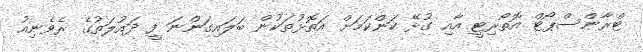
ޓްރާންސްޕޯޓް އޮތޯރިޓީ އާއި ގުޅޭ ކަންކަމަށް އަތޮޅުތަކުން ބަލައިގަންނަ ފީ ދައުލަތުގެ ރެވެނިއު